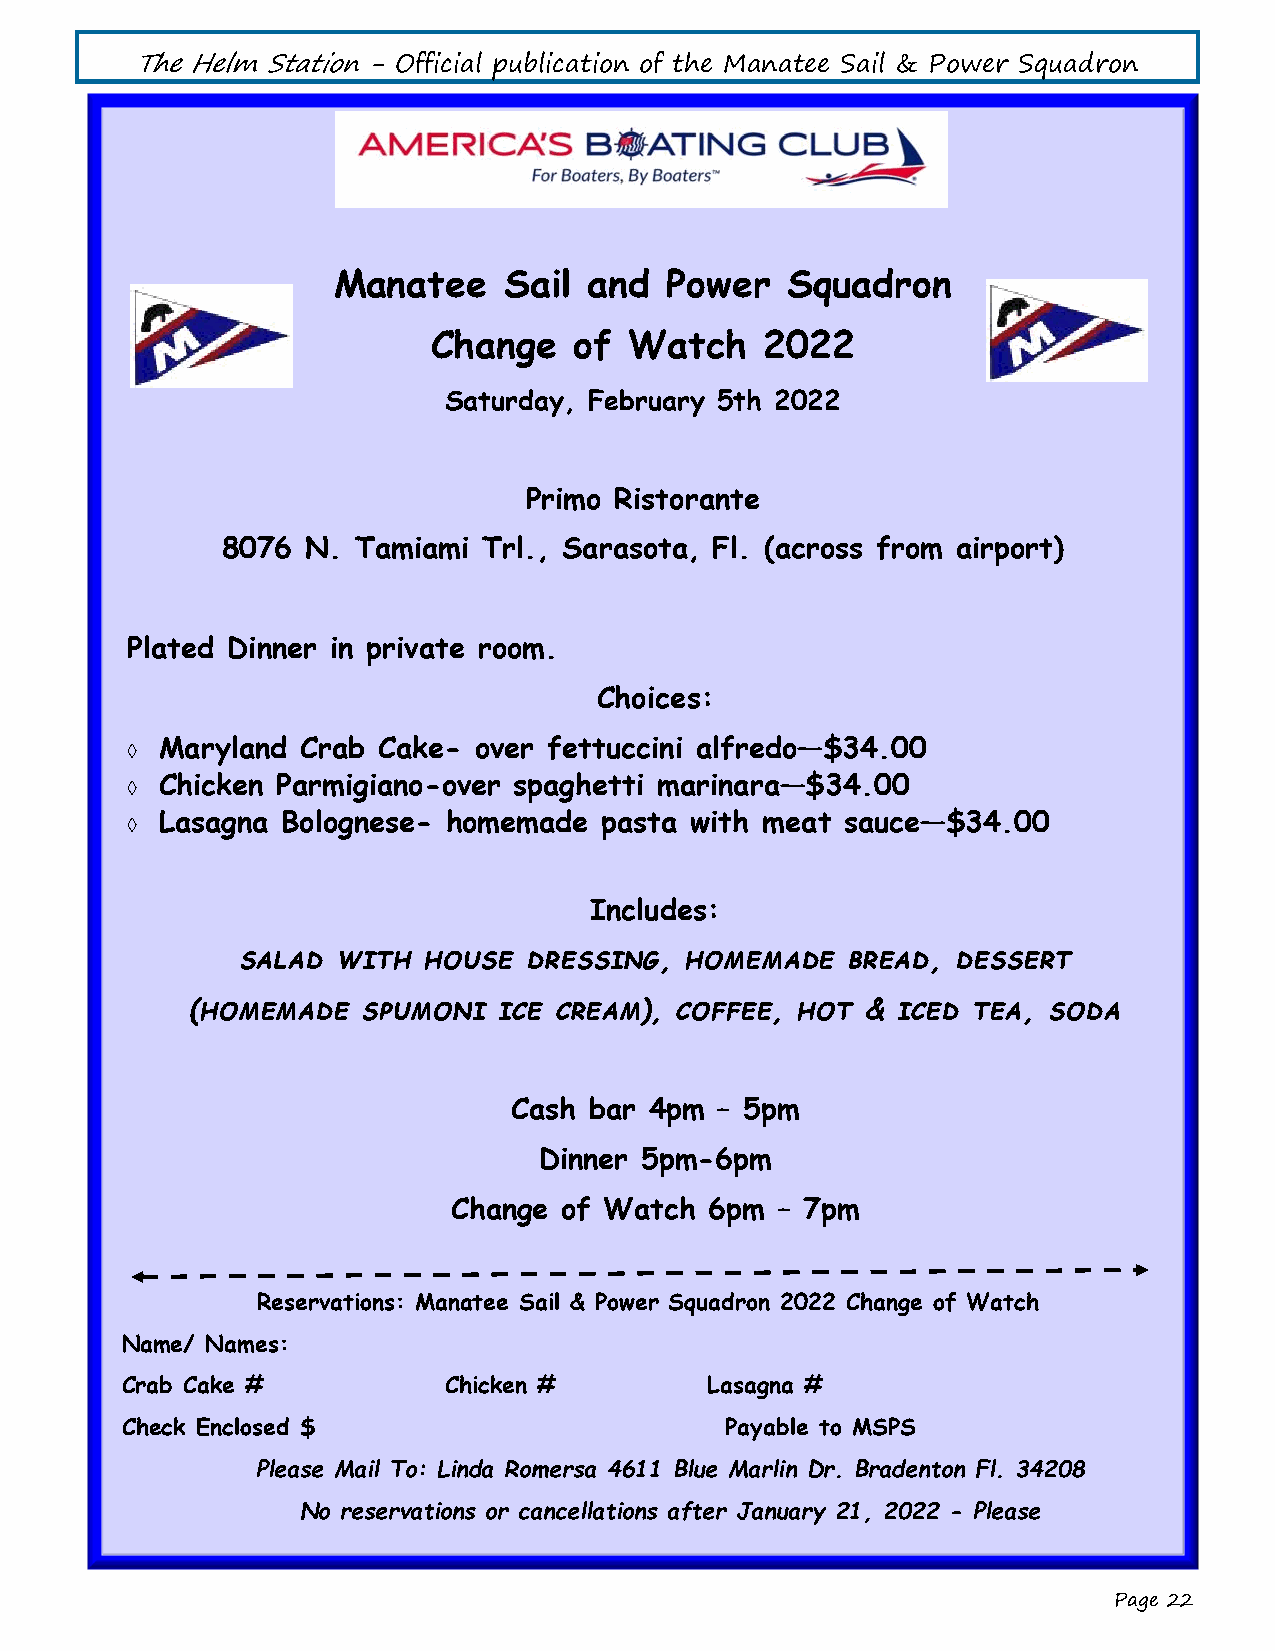
The Helm Station - Official publication of the Manatee Sail & Power Squadron
 Manatee    Sail  and  Power   Squadron
 Change   of  Watch    2022
 Saturday, February 5th 2022
 Primo Ristorante
 8076 N.  Tamiami Trl., Sarasota, Fl. (across from airport)
 Plated Dinner in private room.
 Choices:
  Maryland  Crab Cake- over fettuccini alfredo—$34.00
  Chicken Parmigiano-over spaghetti marinara—$34.00
  Lasagna  Bolognese- homemade  pasta with meat sauce—$34.00
 Includes:
 salad with  house  dressing, homemade   bread, dessert
 (homemade  spumoni  ice cream), coffee, hot & iced tea, soda
 Cash bar 4pm – 5pm
 Dinner 5pm-6pm
 Change of Watch  6pm – 7pm
 Reservations: Manatee Sail & Power Squadron 2022 Change of Watch
 Name/ Names:
 Crab Cake #          Chicken #         Lasagna #
 Check Enclosed $                        Payable to MSPS
 Please Mail To: Linda Romersa 4611 Blue Marlin Dr. Bradenton Fl. 34208
 No reservations or cancellations after January 21, 2022 - Please
 Page 22